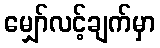
မျှော်လင့်ချက်မှာ